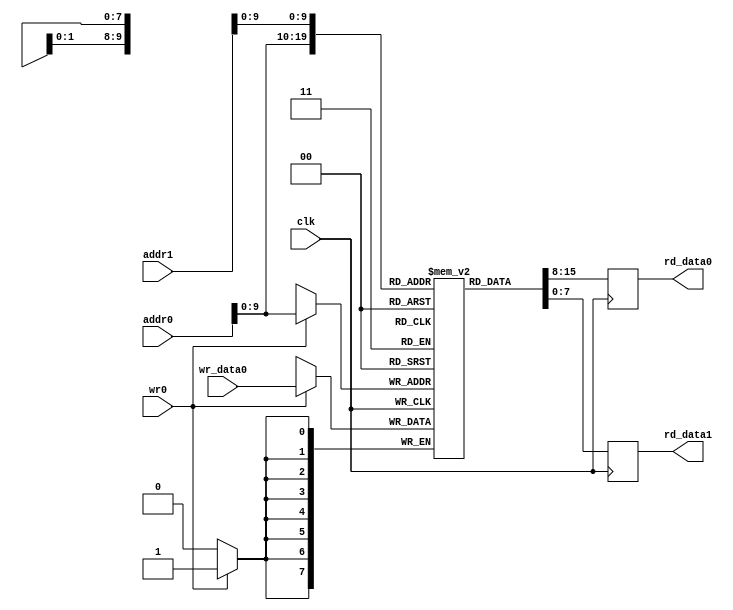
module block_ram #(
	parameter ADDR_WIDTH	= 16,
	parameter DATA_WIDTH	= 8,
	parameter MEM_BYTES		= 1024,
) (
	input							clk,
	/* Port 0 */
	input	   [ADDR_WIDTH - 1 : 0]	addr0,
	output reg [DATA_WIDTH - 1 : 0]	rd_data0,
	input	   [DATA_WIDTH - 1 : 0]	wr_data0,
	input							wr0,
	/* Port 1 */
	input	   [ADDR_WIDTH - 1 : 0]	addr1,
	output reg [DATA_WIDTH - 1 : 0]	rd_data1,
);
	reg [DATA_WIDTH - 1 : 0] mem [MEM_BYTES - 1 : 0];
	integer i;

	initial begin
		for (i = 0; i < MEM_BYTES; i++) begin
			mem[i] <= 0;
		end
	end

	always @(posedge clk) begin
		if (wr0) begin
			mem[addr0] <= wr_data0;
		end
		rd_data0 <= mem[addr0];
		rd_data1 <= mem[addr1];
	end
endmodule